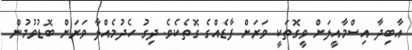
އާބިދާ އިސްމާއީލަށް ވީގޮތަކީ ވަރަށް ފާޑެެއްގެ ގޮތެކެވެ. ދިގު ހެދުމެއްލާ ވަރަށް ބޮޑުވުމުން